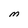
Character: M